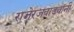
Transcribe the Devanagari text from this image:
राजेरजवाड्यांनी